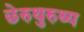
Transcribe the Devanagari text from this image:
छेरुथुरुथ्य